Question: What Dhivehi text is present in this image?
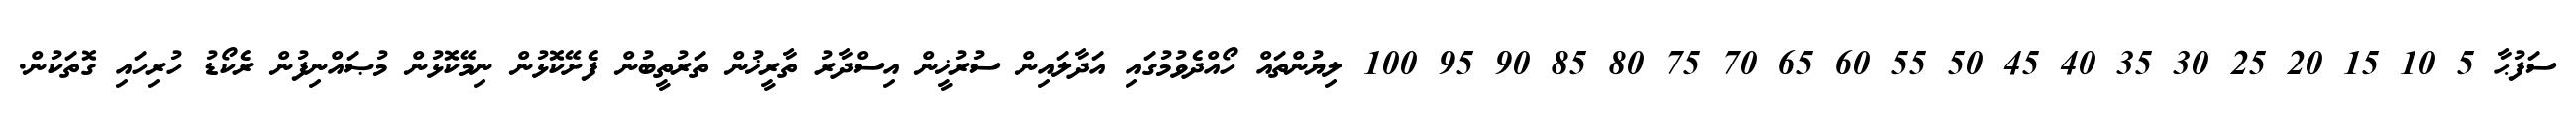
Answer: ސަފުޙާ 5 10 15 20 25 30 35 40 45 50 55 60 65 70 75 80 85 90 95 100 ލިޔުންތައް ހޯއްދެވުމުގައި އަދާލައިން ސުރުޚީން އިސްދާރު ތާރީޚުން ތަރުތީބުން ފެށޭކޮޅުން ނިމޭކޮޅުން މުޞައްނިފުން ރެކޯޑު ހުރިހައި ގޮތަކުން.